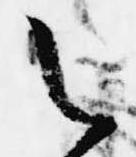
之